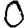
Digit: 0